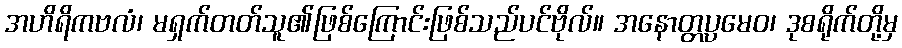
အဟိရိကဗလံ၊ မရှက်တတ်သူ၏ဖြစ်ကြောင်းဖြစ်သည်ပင်ဗိုလ်။ အနောတ္တပ္ပမေဝ၊ ဒုစရိုက်တို့မှ